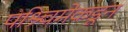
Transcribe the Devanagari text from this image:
पश्र्चिमेकडून